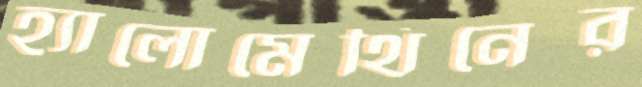
হ্যালোমেথিনের